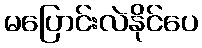
မပြောင်းလဲနိုင်ပေ